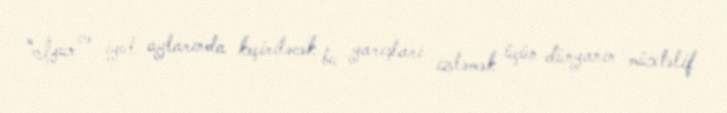
“İyun və iyul aylarında keçiriləcək bu yarışları izləmək üçün dünyanın müxtəlif